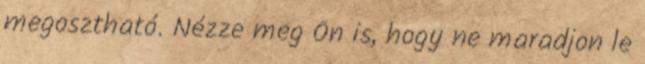
megosztható. Nézze meg Ön is, hogy ne maradjon le